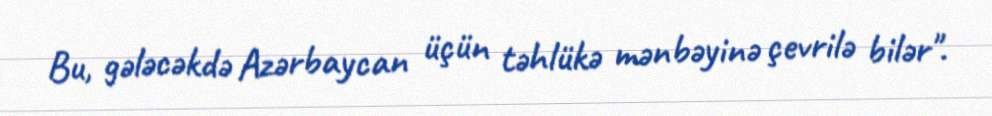
Bu, gələcəkdə Azərbaycan üçün təhlükə mənbəyinə çevrilə bilər".